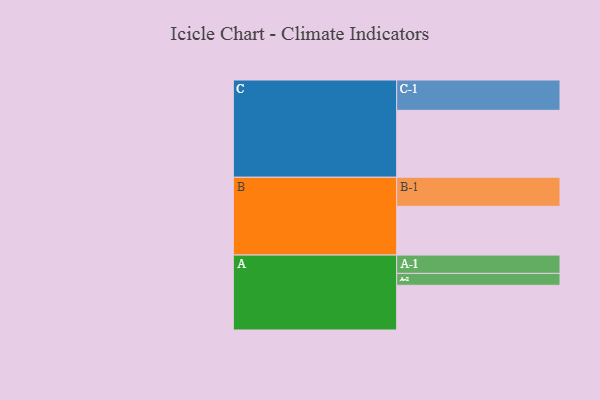
{"axis": {"x": "Segment", "y": "Value"}, "legend": ["", "A", "B", "C"], "data": [{"x": "A", "y": 308, "type": ""}, {"x": "B", "y": 336, "type": ""}, {"x": "C", "y": 461, "type": ""}, {"x": "A-1", "y": 126, "type": "A"}, {"x": "A-2", "y": 82, "type": "A"}, {"x": "B-1", "y": 200, "type": "B"}, {"x": "C-1", "y": 209, "type": "C"}]}